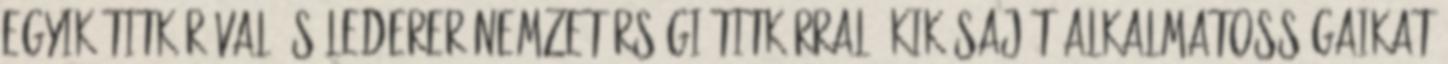
egyik titkárával és Lederer nemzetőrségi titkárral, kik saját alkalmatosságaikat